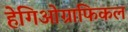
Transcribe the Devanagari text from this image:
हेगिओग्राफिकल